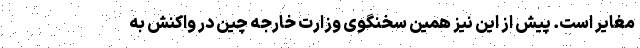
مغایر است. پیش از این نیز همین سخنگوی وزارت خارجه چین در واکنش به